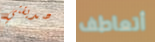
صديقتي أتعاطف